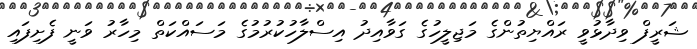
ޝަރީފް ވިދާޅުވީ ރައްޔިތުންގެ މަޖިލީހުގެ ގަވާއިދު އިސްލާހުކުރުމުގެ މަސައްކަތް މިހާރު ވަނީ ފެށިފައި